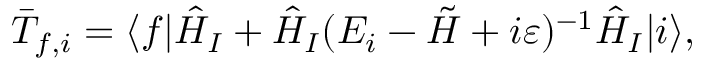
\bar { T } _ { f , i } = \langle f | \hat { H } _ { I } + \hat { H } _ { I } ( E _ { i } - \tilde { H } + i \varepsilon ) ^ { - 1 } \hat { H } _ { I } | i \rangle ,